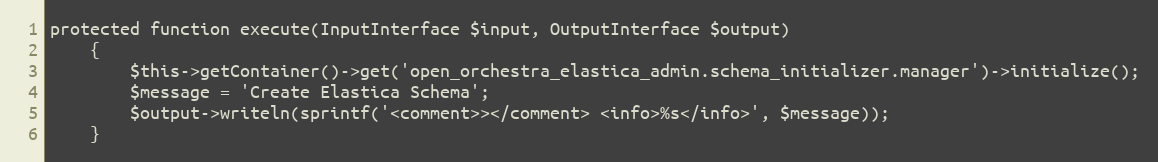
Language: PHP
protected function execute(InputInterface $input, OutputInterface $output)
    {
        $this->getContainer()->get('open_orchestra_elastica_admin.schema_initializer.manager')->initialize();
        $message = 'Create Elastica Schema';
        $output->writeln(sprintf('<comment>></comment> <info>%s</info>', $message));
    }